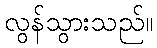
လွန်သွားသည်။